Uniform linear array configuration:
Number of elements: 16
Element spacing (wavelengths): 0.25
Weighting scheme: hamming
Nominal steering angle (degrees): -15
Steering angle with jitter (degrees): -16.986
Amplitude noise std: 0.05
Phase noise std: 0.05

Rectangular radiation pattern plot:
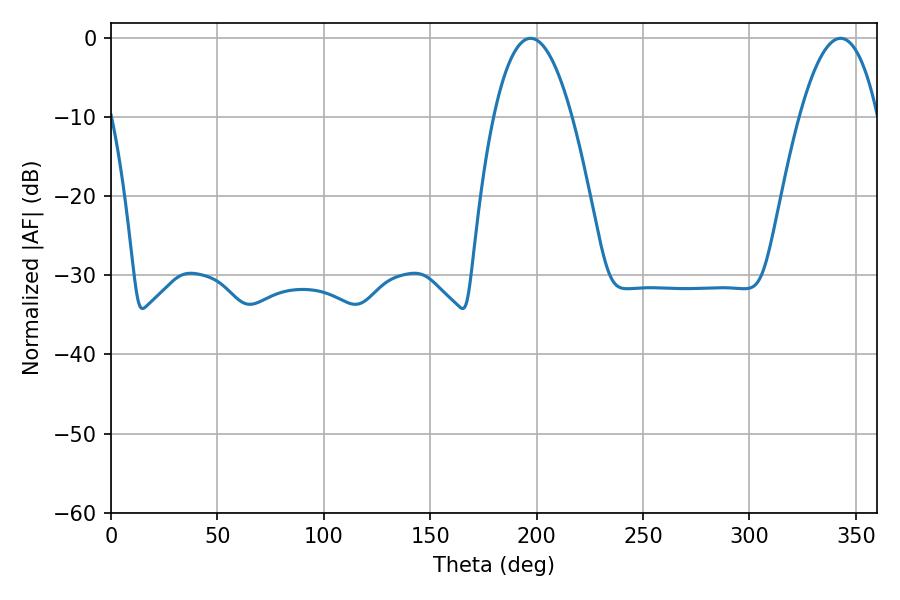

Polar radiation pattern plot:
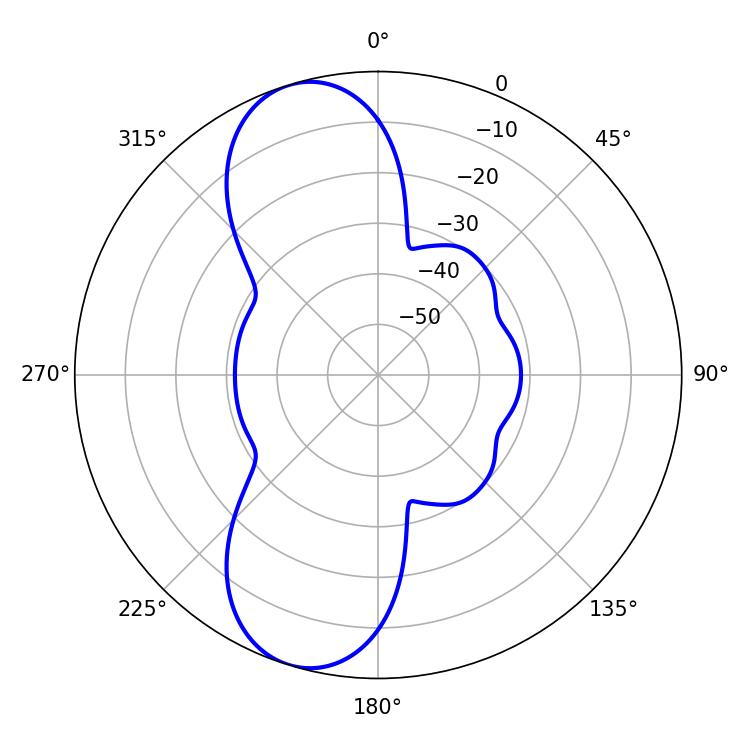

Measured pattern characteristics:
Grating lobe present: FALSE
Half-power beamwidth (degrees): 20.34
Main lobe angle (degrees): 197.1